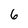
Character: 6